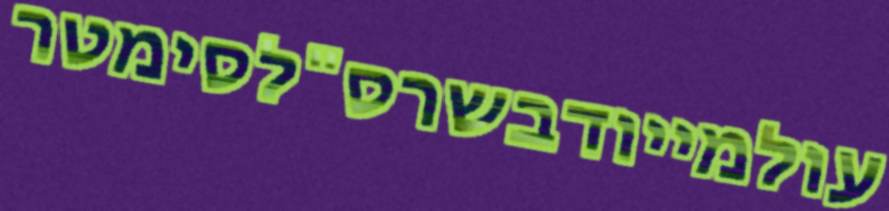
עולמייודבשרס"לסימטר